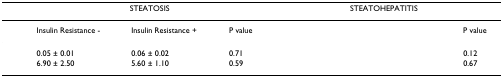
<table><thead><tr><td>[EMPTY_CELL]</td><td colspan="3"><b>STEATOSIS</b></td><td colspan="3"><b>STEATOHEPATITIS</b></td></tr></thead><tbody><tr><td>[EMPTY_CELL]</td><td>Insulin Resistance -</td><td>Insulin Resistance +</td><td>P value</td><td>[EMPTY_CELL]</td><td>[EMPTY_CELL]</td><td>P value</td></tr><tr><td>[EMPTY_CELL]</td><td>0.05 ± 0.01</td><td>0.06 ± 0.02</td><td>0.71</td><td>[EMPTY_CELL]</td><td>[EMPTY_CELL]</td><td>0.12</td></tr><tr><td>[EMPTY_CELL]</td><td>6.90 ± 2.50</td><td>5.60 ± 1.10</td><td>0.59</td><td>[EMPTY_CELL]</td><td>[EMPTY_CELL]</td><td>0.67</td></tr></tbody></table>